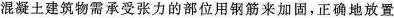
混凝土建筑物需承受张力的部位用钢筋来加固，正确地放置